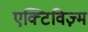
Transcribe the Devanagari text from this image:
एक्टिविज़्म